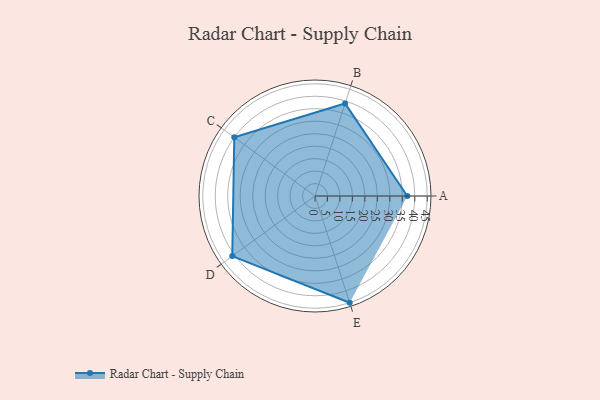
{"axis": {"x": "Skill", "y": "Score"}, "legend": ["Profile"], "data": [{"x": "A", "y": 37.0, "type": "Profile"}, {"x": "B", "y": 39.0, "type": "Profile"}, {"x": "C", "y": 40.0, "type": "Profile"}, {"x": "D", "y": 41.0, "type": "Profile"}, {"x": "E", "y": 45.0, "type": "Profile"}]}